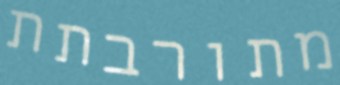
מתורבתת